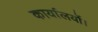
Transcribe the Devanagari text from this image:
कार्यालयों।